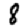
Digit: 8